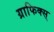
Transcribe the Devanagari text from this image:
ग्राफिक्स्